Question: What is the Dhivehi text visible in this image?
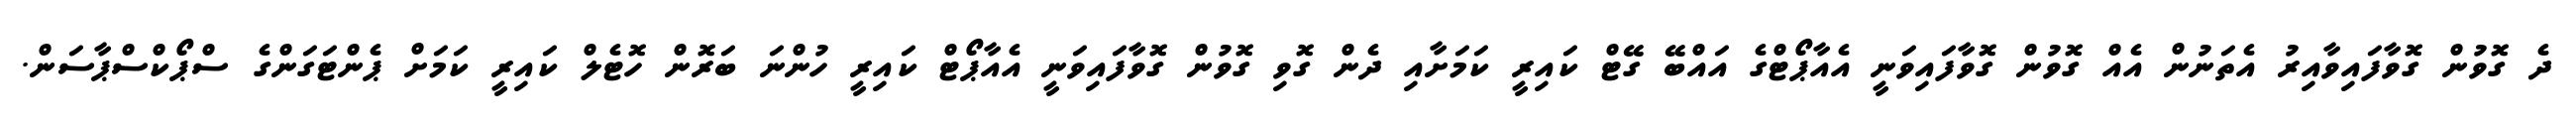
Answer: ދެ ގޮވުން ގޮވާފައިވާއިރު އެތަނުން އެއް ގޮވުން ގޮވާފައިވަނީ އެއާޕޯޓްގެ އައްބޭ ގޭޓް ކައިރީ ކަމަށާއި ދެން ގޮވި ގޮވުން ގޮވާފައިވަނީ އެއާޕޯޓް ކައިރީ ހުންނަ ބަރޮން ހޮޓެލް ކައިރީ ކަމަށް ޕެންޓަގަންގެ ސްޕޯކްސްޕާސަން.